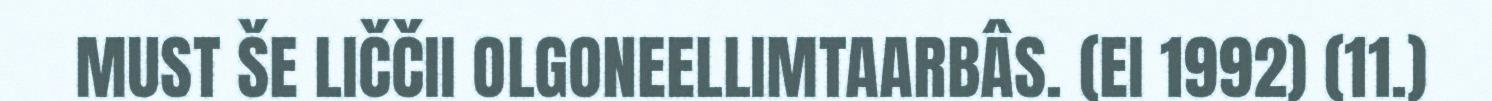
MUST ŠE LIČČII OLGONEELLIMTAARBÂS. (EI 1992) (11.)